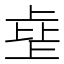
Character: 𰀗